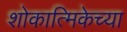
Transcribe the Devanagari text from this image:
शोकात्मिकेच्या